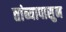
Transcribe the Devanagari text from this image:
तांब्यापासुन